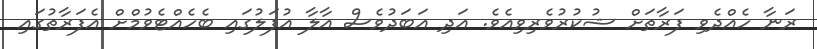
ރަނާ ހެއްދެވި ފަރާތަށް ޝުކުރުވެރިވިއެވެ. އަދި އަބަދުވެސް އާލާ އުފަލުގައި ބެހެއްޓެވުމްށް އެފަރާތުގައި